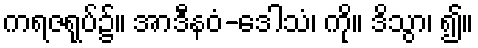
ကရဇရုပ်၌။ အာဒီနဝံ-ဒေါသံ၊ ကို။ ဒိသွာ၊ ၍။